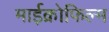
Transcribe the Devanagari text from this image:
माईक्रोफिल्म